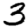
Digit: 3